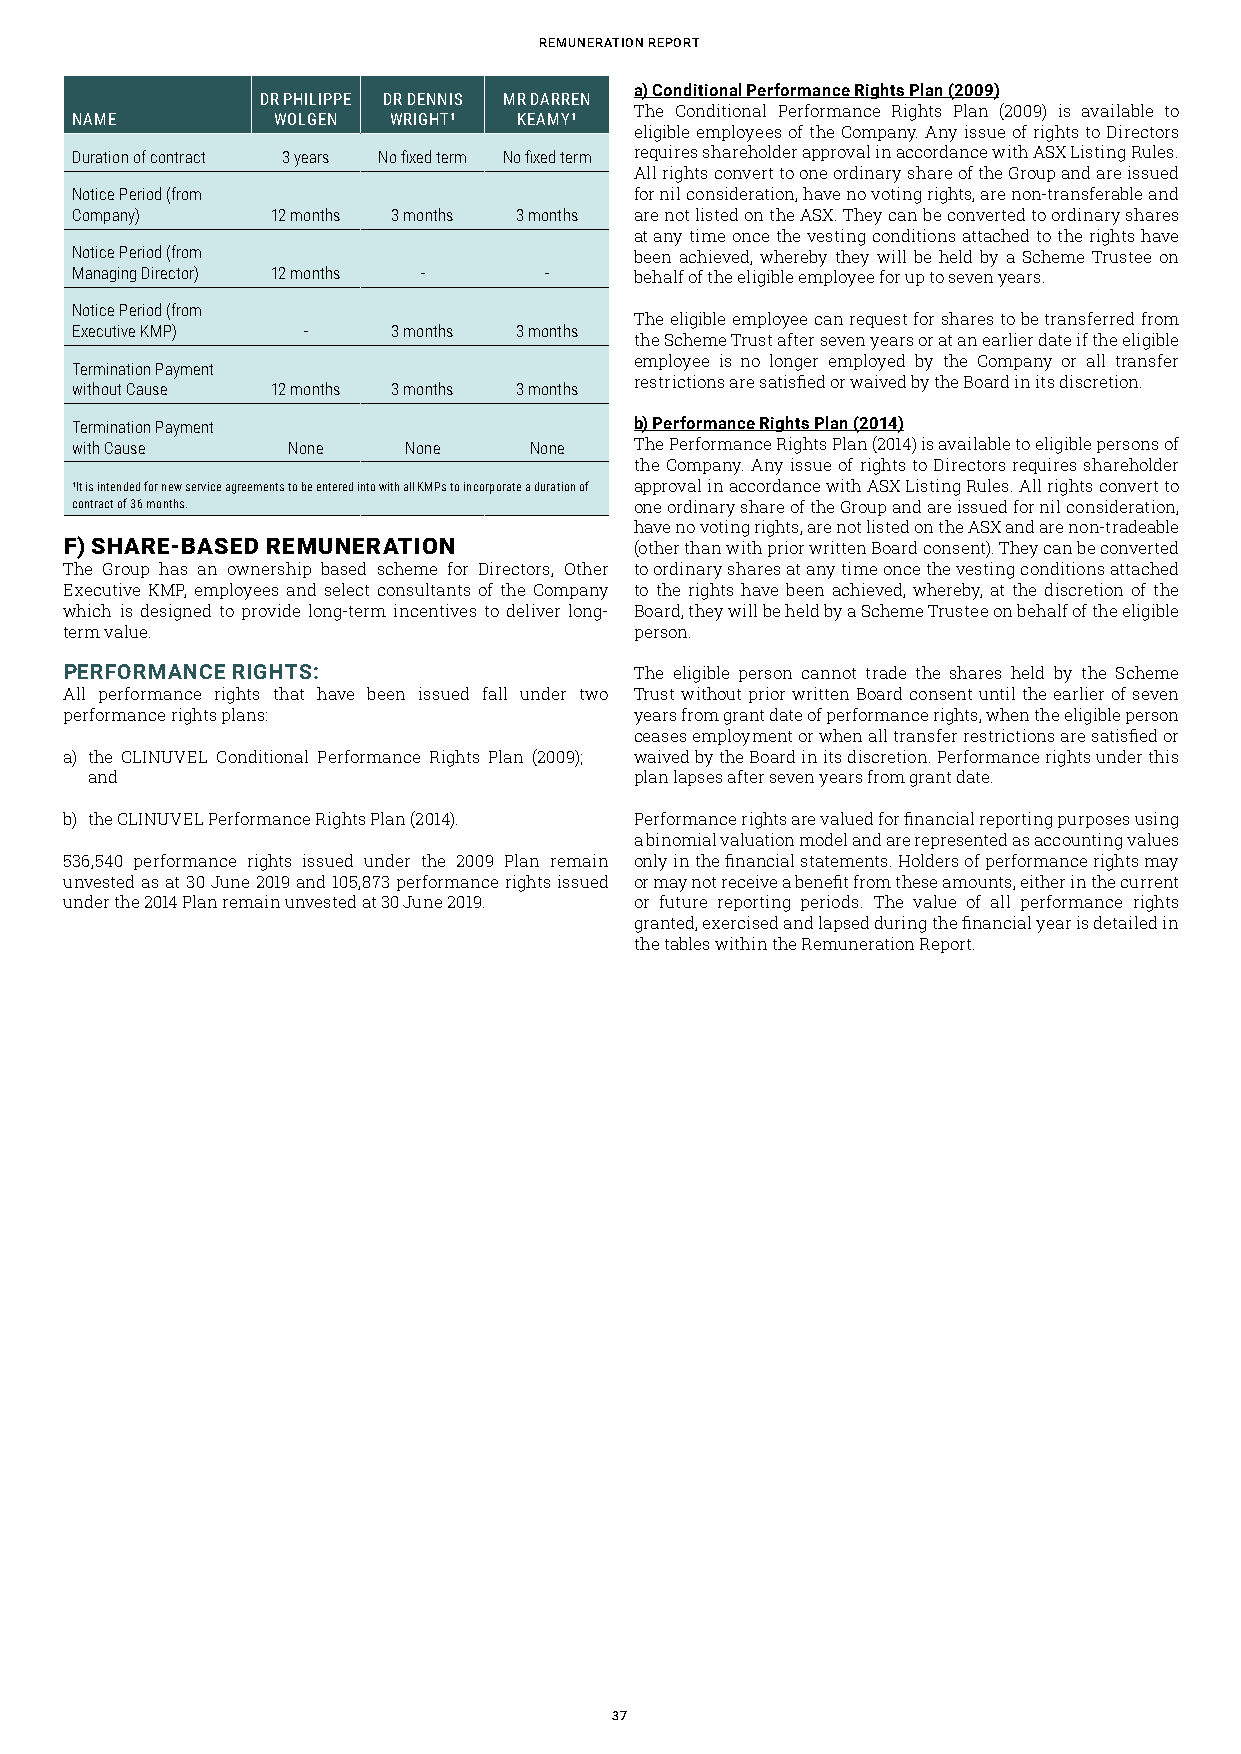
rEMUNEratioN rEport
 a) Conditional Performance Rights Plan (2009)
 DR PHILIPPE DR DENNIS MR DARREN
 The Conditional Performance Rights Plan (2009) is available to
 NAME         WOLGEN  WRIGHT¹ KEAMY¹
 eligible employees of the Company. Any issue of rights to Directors
 Duration of contract 3 years No fixed term No fixed term requires shareholder approval in accordance with ASX Listing Rules.
 All rights convert to one ordinary share of the Group and are issued
 Notice Period (from                  for nil consideration, have no voting rights, are non-transferable and
 Company)     12 months 3 months 3 months are not listed on the ASX. They can be converted to ordinary shares
 at any time once the vesting conditions attached to the rights have
 Notice Period (from                  been achieved, whereby they will be held by a Scheme Trustee on
 Managing Director) 12 months - -     behalf of the eligible employee for up to seven years.
 Notice Period (from
 The eligible employee can request for shares to be transferred from
 Executive KMP) -     3 months 3 months
 the Scheme Trust after seven years or at an earlier date if the eligible
 employee is no longer employed by the Company or all transfer
 Termination Payment
 restrictions are satisfied or waived by the Board in its discretion.
 without Cause 12 months 3 months 3 months
 Termination Payment                  b) Performance Rights Plan (2014)
 with Cause    None    None    None   The Performance Rights Plan (2014) is available to eligible persons of
 the Company. Any issue of rights to Directors requires shareholder
 ¹It is intended for new service agreements to be entered into with all KMPs to incorporate a duration of approval in accordance with ASX Listing Rules. All rights convert to
 contract of 36 months.               one ordinary share of the Group and are issued for nil consideration,
 have no voting rights, are not listed on the ASX and are non-tradeable
 F) SHARE-BASED REMUNERATION           (other than with prior written Board consent). They can be converted
 The Group has an ownership based scheme for Directors, Other to ordinary shares at any time once the vesting conditions attached
 Executive KMP, employees and select consultants of the Company to the rights have been achieved, whereby, at the discretion of the
 which is designed to provide long-term incentives to deliver long- Board, they will be held by a Scheme Trustee on behalf of the eligible
 term value.                           person.
 PERFORMANCE RIGHTS:                   The eligible person cannot trade the shares held by the Scheme
 All performance rights that have been issued fall under two Trust without prior written Board consent until the earlier of seven
 performance rights plans:             years from grant date of performance rights, when the eligible person
 ceases employment or when all transfer restrictions are satisfied or
 a) the CLINUVEL Conditional Performance Rights Plan (2009); waived by the Board in its discretion. Performance rights under this
 and                                 plan lapses after seven years from grant date.
 b) the CLINUVEL Performance Rights Plan (2014). Performance rights are valued for financial reporting purposes using
 a binomial valuation model and are represented as accounting values
 536,540 performance rights issued under the 2009 Plan remain only in the financial statements. Holders of performance rights may
 unvested as at 30 June 2019 and 105,873 performance rights issued or may not receive a benefit from these amounts, either in the current
 under the 2014 Plan remain unvested at 30 June 2019. or future reporting periods. The value of all performance rights
 granted, exercised and lapsed during the financial year is detailed in
 the tables within the Remuneration Report.
 37